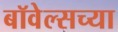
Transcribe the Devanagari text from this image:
बॉवेल्सच्या